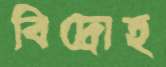
বিদ্রোহ